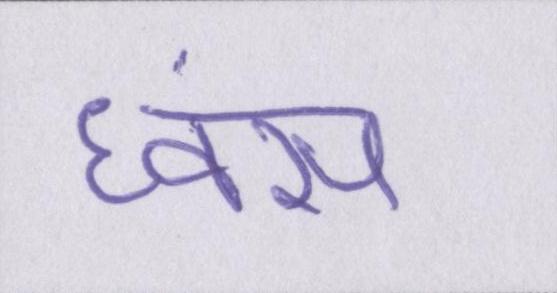
ध्वंस